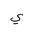
Letter: _ya